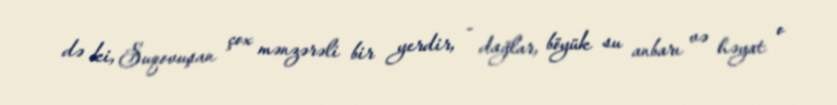
də ki, Suqovuşan çox mənzərəli bir yerdir, - dağlar, böyük su anbarı və həyat o